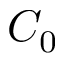
C _ { 0 }